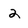
Character: 2